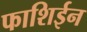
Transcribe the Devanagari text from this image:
फाशिईन